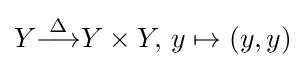
Y{\stackrel {\Delta }{\longrightarrow }}Y\times Y,\,y\mapsto (y,y)